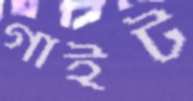
গাইট